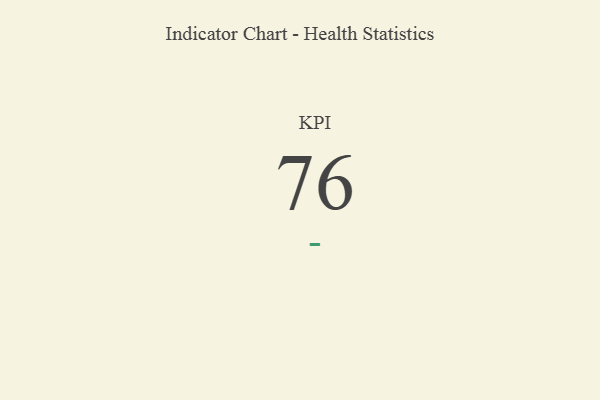
{"axis": {"x": "KPI", "y": "Value"}, "legend": [""], "data": [{"x": "KPI", "y": 76, "type": ""}]}